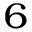
_ 6